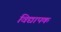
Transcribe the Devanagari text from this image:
विद्यापक